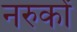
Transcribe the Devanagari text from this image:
नरुकों